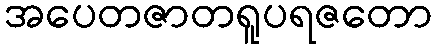
အပေတဇာတရူပရဇတော